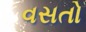
વસતો